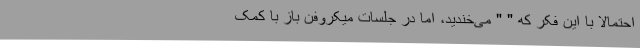
احتمالاً با این فکر که " " می‌خندید، اما در جلسات میکروفن باز با کمک